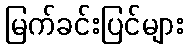
မြက်ခင်းပြင်များ